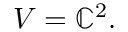
V = \mathbb { C } ^ { 2 } .